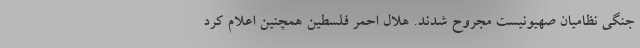
جنگی نظامیان صهیونیست مجروح شدند. هلال احمر فلسطین همچنین اعلام کرد